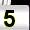
Digit: 5